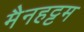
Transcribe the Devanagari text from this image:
मैनहट्टम